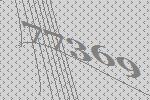
77369